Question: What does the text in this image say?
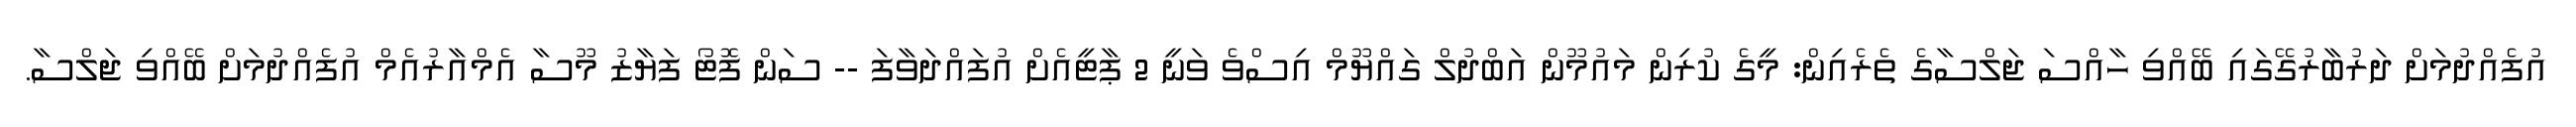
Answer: އުފެއްދުމަށް ދަރުބާރުގޭގައި ބޭއްވި ހާއްސަ ޖަލްސާގެ ތެރެއިން: މީގެ ކުރިން މައުމޫން އަބްދުލް ގައްޔޫމް އިސްވެ ވަނީ 2 ޕާޓީއެށް އުފައްދަވާފަ -- ސަން ފޮޓޯ ފަޔާޒު މޫސާ އެމްއާރުއެމް އުފެއްދުމަށް ބޭއްވި ޖަލްސާ.